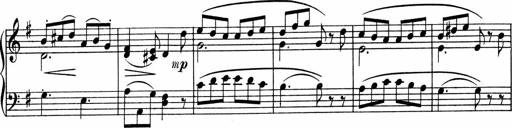
Title: 3 Sonatinen fÃ¼r Pianoforte
Composer: Fritz von Bose